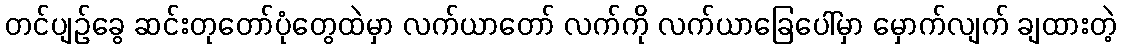
တင်ပျဉ်ခွေ ဆင်းတုတော်ပုံတွေထဲမှာ လက်ယာတော် လက်ကို လက်ယာခြေပေါ်မှာ မှောက်လျက် ချထားတဲ့